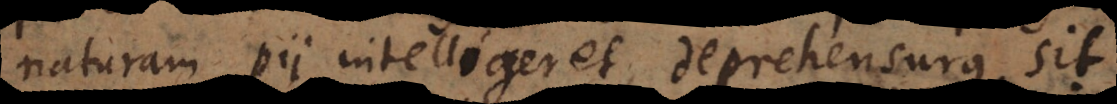
naturam pii intelligeret, deprehensurus sit